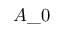
A \_ 0